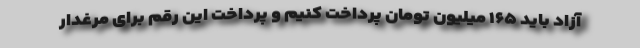
آزاد باید ۱۶۵ میلیون تومان پرداخت کنیم و پرداخت این رقم برای مرغدار